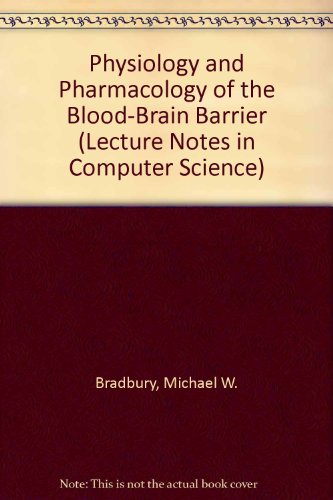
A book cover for Physiology and Pharmacology of the Blood-Brain Barrier (Lecture Notes in Computer Science); Michael W. Bradbury; Medical Books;